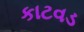
કાટવડ